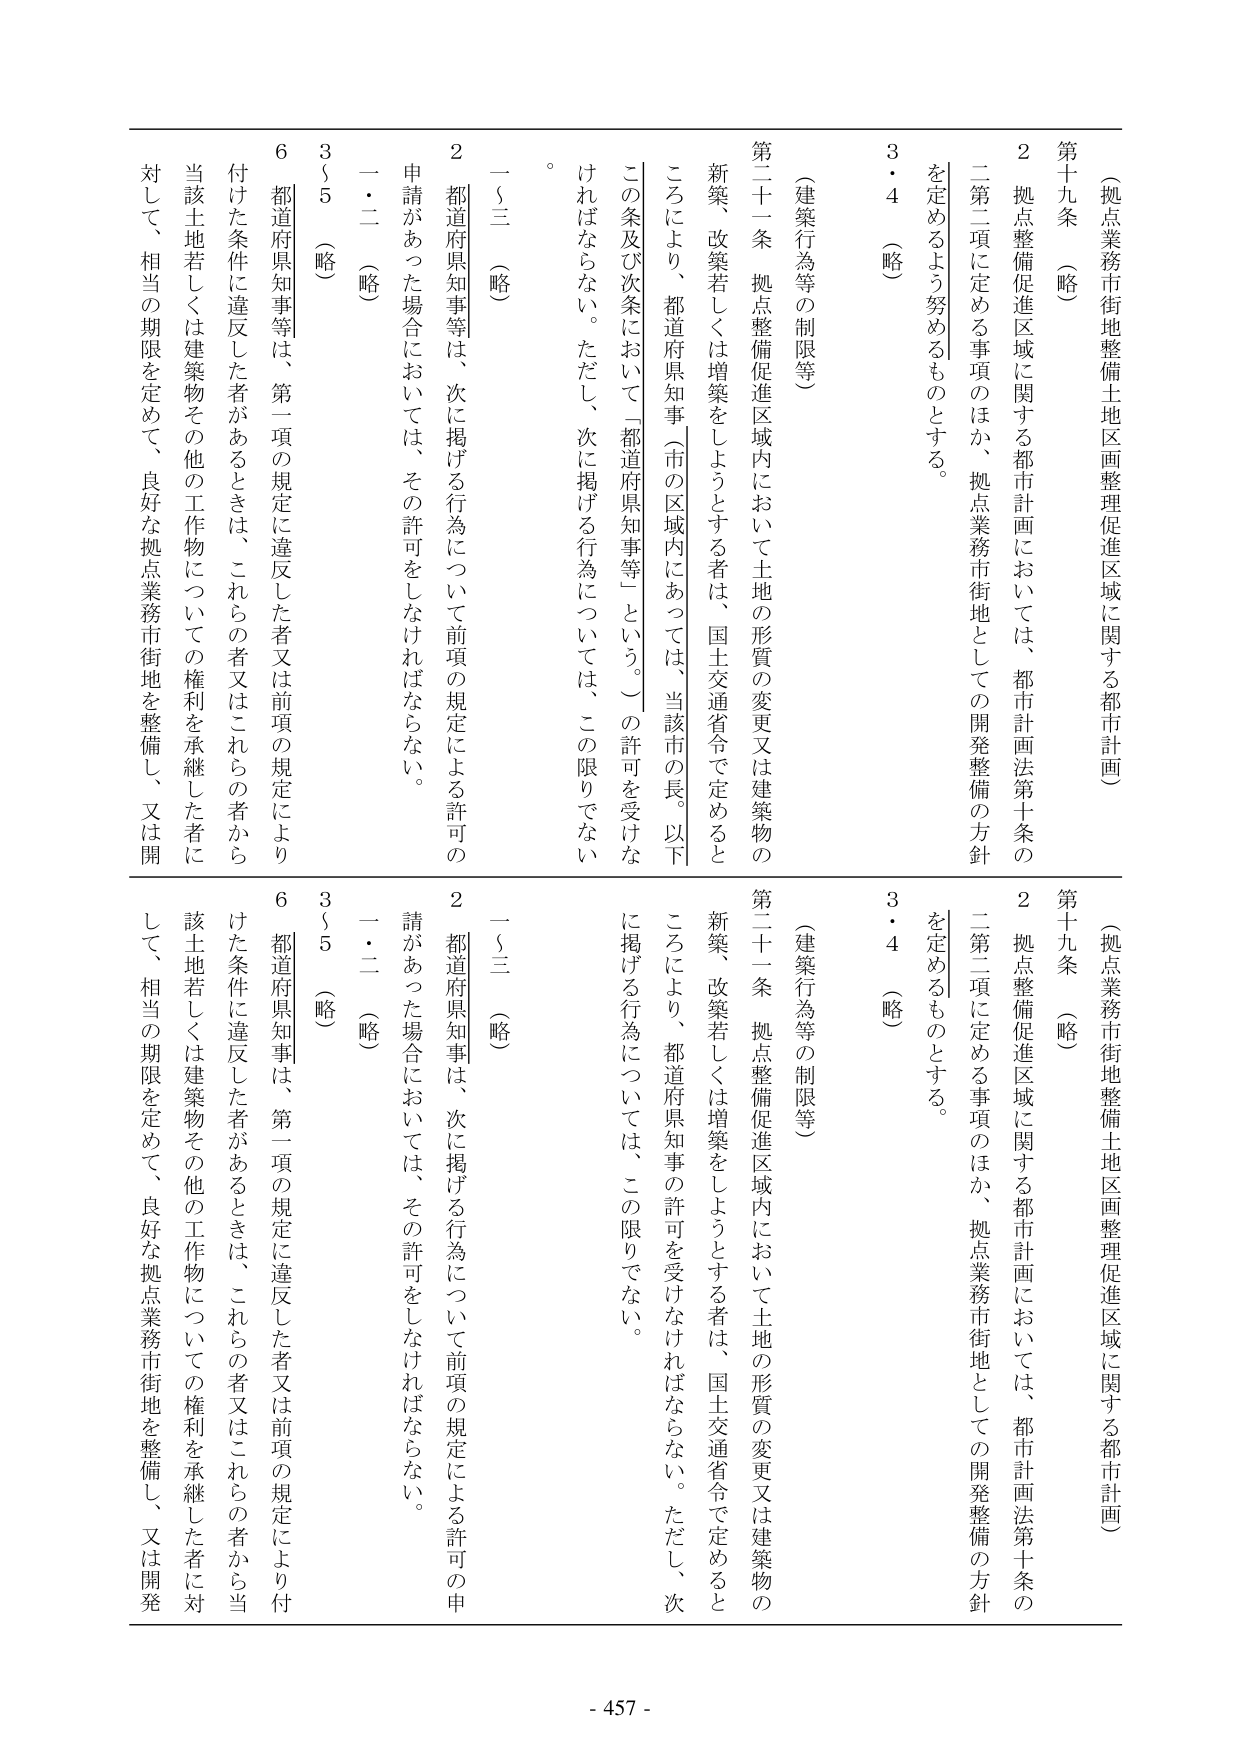
（拠点業務市街地整備土地区画整理促進区域に関する都市計画）

第十九条 （略）

２ 拠点整備促進区域に関する都市計画においては、都市計画法第十条の二第二項に定める事項のほか、拠点業務市街地としての開発整備の方針を定めるよう努めるものとする。

３・４ （略）

（建築行為等の制限等）

第二十一条 拠点整備促進区域内において土地の形質の変更又は建築物の新築、改築若しくは増築をしようとする者は、国土交通省令で定めるところにより、都道府県知事（市の区域内にあっては、当該市の長。以下この条及び次条において「都道府県知事等」という。）の許可を受けなければならない。ただし、次に掲げる行為については、この限りでない。

一～三 （略）

２ 都道府県知事等は、次に掲げる行為について前項の規定による許可の申請があった場合においては、その許可をしなければならない。

一・二 （略）

３～５ （略）

６ 都道府県知事等は、第一項の規定に違反した者又は前項の規定により付けた条件に違反した者があるときは、これらの者又はこれらの者から当該土地若しくは建築物その他の工作物についての権利を承継した者に対して、相当の期限を定めて、良好な拠点業務市街地を整備し、又は開発

（拠点業務市街地整備土地区画整理促進区域に関する都市計画）

第十九条 （略）

２ 拠点整備促進区域に関する都市計画においては、都市計画法第十条の二第二項に定める事項のほか、拠点業務市街地としての開発整備の方針を定めるものとする。

３・４ （略）

（建築行為等の制限等）

第二十一条 拠点整備促進区域内において土地の形質の変更又は建築物の新築、改築若しくは増築をしようとする者は、国土交通省令で定めるところにより、都道府県知事の許可を受けなければならない。ただし、次に掲げる行為については、この限りでない。

一～三 （略）

２ 都道府県知事は、次に掲げる行為について前項の規定による許可の申請があった場合においては、その許可をしなければならない。

一・二 （略）

３～５ （略）

６ 都道府県知事は、第一項の規定に違反した者又は前項の規定により付けた条件に違反した者があるときは、これらの者又はこれらの者から当該土地若しくは建築物その他の工作物についての権利を承継した者に対して、相当の期限を定めて、良好な拠点業務市街地を整備し、又は開発

- 457 -